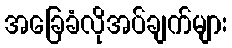
အခြေခံလိုအပ်ချက်များ